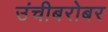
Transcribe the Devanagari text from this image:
उंचीबरोबर